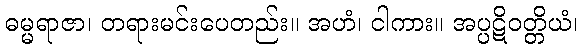
ဓမ္မရာဇာ၊ တရားမင်းပေတည်း။ အဟံ၊ ငါကား။ အပ္ပဋိဝတ္တိယံ၊